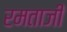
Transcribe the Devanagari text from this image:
रमताजी